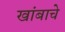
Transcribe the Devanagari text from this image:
खांबाचे